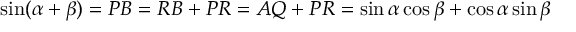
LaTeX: \sin ( \alpha + \beta ) = P B = R B + P R = A Q + P R = \sin \alpha \cos \beta + \cos \alpha \sin \beta